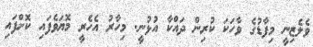
ވެލެޒިނީ މިފާޑުގެ ވާހަކަ ކުރިން ދައްކާ އުޅުނީ. މިހާރު އެހެރީ މޮޔަވެފައި ކޮށްފައި